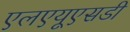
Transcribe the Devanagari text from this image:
एलएयूएसडी